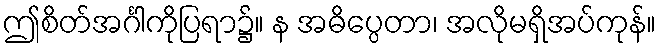
ဤစိတ်အင်္ဂါကိုပြရာ၌။ န အဓိပ္ပေတာ၊ အလိုမရှိအပ်ကုန်။